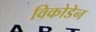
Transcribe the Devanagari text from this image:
विकोडेन